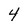
Character: 4